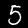
Digit: 5